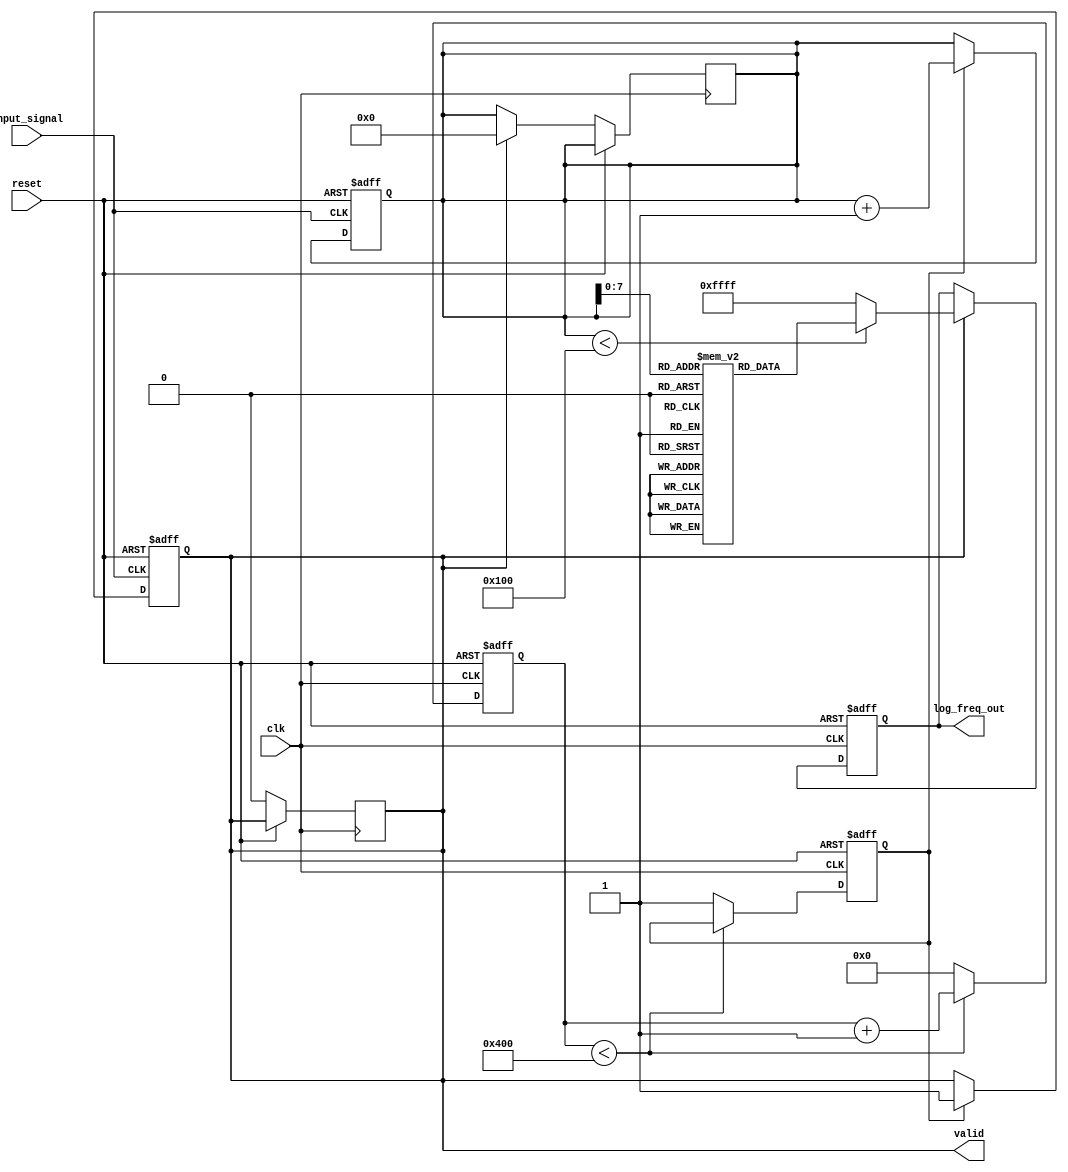
module LogarithmicFrequencyDetector(
    input wire clk,                 // System clock
    input wire reset,               // Reset signal
    input wire input_signal,        // Input frequency signal
    output reg [15:0] log_freq_out, // Logarithmic frequency output
    output reg valid               // Output valid signal
);

// Parameters
parameter SAMPLING_INTERVAL = 1024; // Sample count before measurement
parameter LOG_TABLE_SIZE = 256;      // Size of log lookup table
reg [15:0] frequency_count;           // Raw frequency count
reg [15:0] log_freq_table [0:LOG_TABLE_SIZE-1]; // Log lookup table
integer i;

// Control signals
reg sampling_flag;
reg [9:0] sample_counter;

// Initialize the lookup table (simplified logarithm calculation)
initial begin
    for (i = 0; i < LOG_TABLE_SIZE; i = i + 1) begin
        log_freq_table[i] = $clog2(i + 1); // Simple log base 2 approximation
    end
end

// Sampling Control
always @(posedge clk or posedge reset) begin
    if (reset) begin
        sample_counter <= 0;
        sampling_flag <= 0;
    end else if (sample_counter < SAMPLING_INTERVAL) begin
        sample_counter <= sample_counter + 1;
    end else begin
        sampling_flag <= 1; // Signal that sampling is complete
        sample_counter <= 0; // Reset counter for next measurement
    end
end

// Frequency Measurement
always @(posedge input_signal or posedge reset) begin
    if (reset) begin
        frequency_count <= 0;
        valid <= 0;
    end else if (sampling_flag) begin
        frequency_count <= frequency_count + 1; // Count rising edges
        valid <= 1; // Indicate valid frequency measurement
    end
end

// Logarithmic Conversion
always @(posedge clk or posedge reset) begin
    if (reset) begin
        log_freq_out <= 0;
    end else if (valid) begin
        if (frequency_count < LOG_TABLE_SIZE) begin
            log_freq_out <= log_freq_table[frequency_count]; // Lookup logarithmic value
        end else begin
            log_freq_out <= 16'hFFFF; // Out of range
        end
        valid <= 0; // Reset valid flag
        frequency_count <= 0; // Reset frequency count for next measurement
    end
end

endmodule